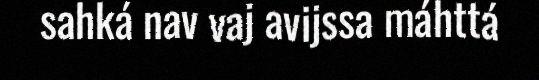
sahká nav vaj avijssa máhttá